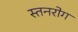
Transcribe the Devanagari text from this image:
स्तनरोग